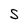
Character: S